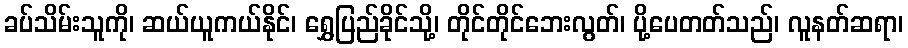
ခပ်သိမ်းသူကို၊ ဆယ်ယူကယ်နိုင်၊ ရွှေပြည်ခိုင်သို့၊ တိုင်တိုင်ဘေးလွတ်၊ ပို့ပေတတ်သည်၊ လူနတ်ဆရာ၊